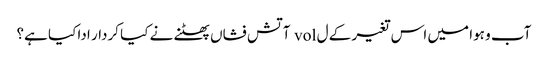
آب و ہوا میں اس تغیر کے ل vol آتش فشاں پھٹنے نے کیا کردار ادا کیا ہے؟